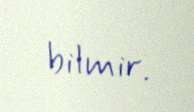
bilmir.